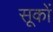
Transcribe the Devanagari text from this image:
सूकों